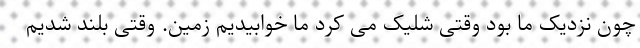
چون نزدیک ما بود وقتی شلیک می کرد ما خوابیدیم زمین. وقتی بلند شدیم